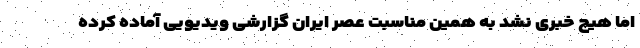
اما هیچ خبری نشد به همین مناسبت عصر ایران گزارشی ویدیویی آماده کرده